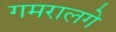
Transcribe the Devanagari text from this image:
गमरालगे